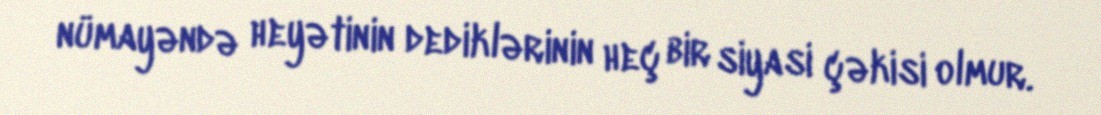
nümayəndə heyətinin dediklərinin heç bir siyasi çəkisi olmur.